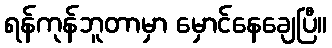
ရန်ကုန်ဘူတာမှာ မှောင်နေချေပြီ။